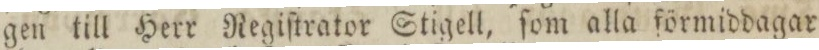
gen till Herr Regiſtrator Stigell, ſom alla förmiddagar